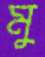
মু